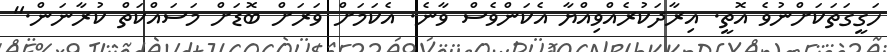
ހަގީގަތަކަށްނުވެ އޮތީ. އިރާދަކުރެއްވިއްޔާ އެކަންވެސް ވާނެ. އެކަމަށް ވަރަށް ބޮޑަށް މަސައްކަތް ކުރާނަން."